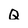
Character: Q